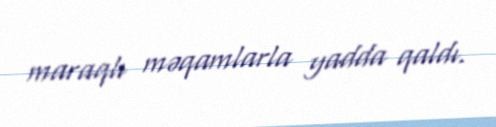
maraqlı məqamlarla yadda qaldı.